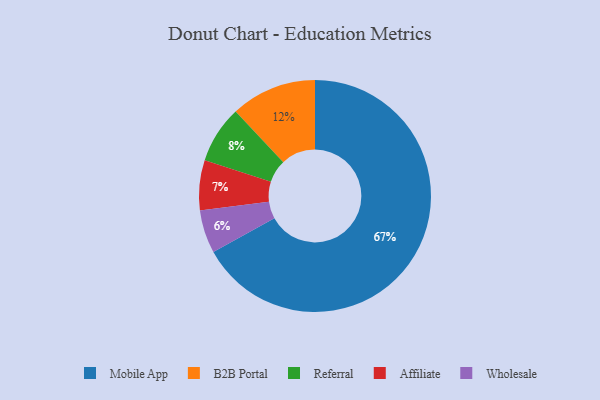
{"axis": {"x": "Category", "y": "Percentage"}, "legend": ["Affiliate", "B2B Portal", "Mobile App", "Referral", "Wholesale"], "data": [{"x": "Referral", "y": 8, "type": "Referral"}, {"x": "Affiliate", "y": 7, "type": "Affiliate"}, {"x": "Mobile App", "y": 67, "type": "Mobile App"}, {"x": "B2B Portal", "y": 12, "type": "B2B Portal"}, {"x": "Wholesale", "y": 6, "type": "Wholesale"}]}